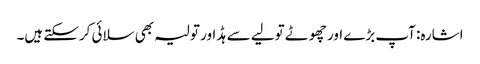
اشارہ: آپ بڑے اور چھوٹے تولیے سے ہڈ اور تولیہ بھی سلائی کرسکتے ہیں۔